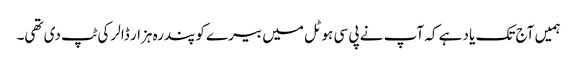
ہمیں آج تک یاد ہے کہ آپ نے پی سی ہوٹل میں بیرے کو پندرہ ہزار ڈالر کی ٹپ دی تھی۔